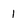
Character: 1